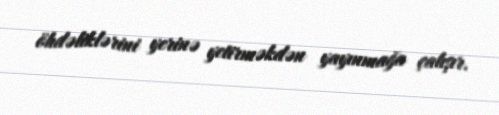
öhdəliklərini yerinə yetirməkdən yayınmağa çalışır.